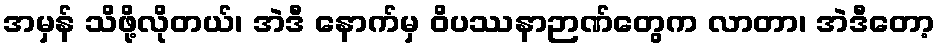
အမှန် သိဖို့လိုတယ်၊ အဲဒီ နောက်မှ ဝိပဿနာဉာဏ်တွေက လာတာ၊ အဲဒီတော့